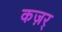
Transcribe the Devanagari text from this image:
कज़र्